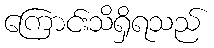
ကြောင်းသိရှိရသည်